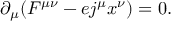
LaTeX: \partial _ { \mu } ( F ^ { \mu \nu } - e j ^ { \mu } x ^ { \nu } ) = 0 .